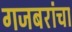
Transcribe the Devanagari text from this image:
गजबरांचा